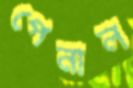
পেনাল